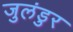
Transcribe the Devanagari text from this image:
जुलंडुर